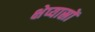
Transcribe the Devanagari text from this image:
क्षेप्यास्रों